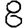
Digit: 8